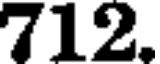
712.